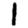
Digit: 1